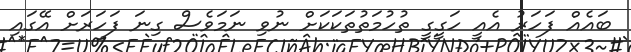
ބައެއް ފަހަރު އެއީ ހަގީގީ ތުހުމަތުތަކަކަށް ނުވި ނަމަވެސް ގިނަ ފަހަރަށް އޭގައި